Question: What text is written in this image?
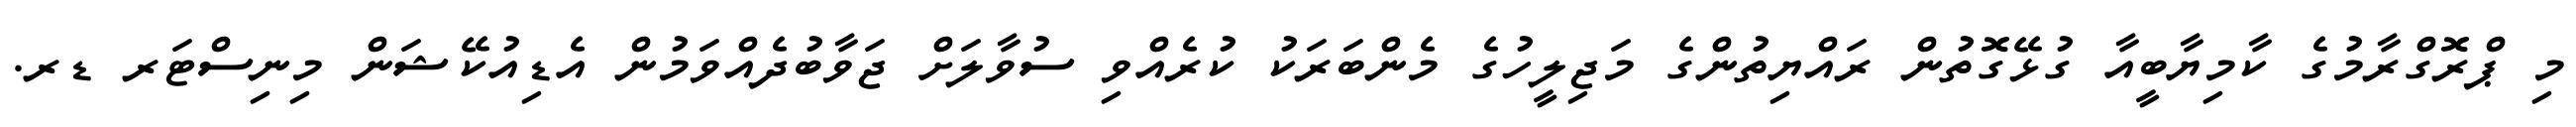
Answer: މި ޕްރޮގްރާމުގެ ކާމިޔާބީއާ ގުޅޭގޮތުން ރައްޔިތުންގެ މަޖިލީހުގެ މެންބަރަކު ކުރެއްވި ސުވާލަށް ޖަވާބުދެއްވަމުން އެޑިއުކޭޝަން މިނިސްޓަރ ޑރ.